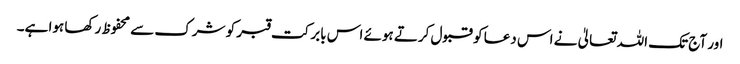
اور آج تک اللہ تعالیٰ نے اس دعا کو قبول کرتے ہوئے اس بابرکت قبر کو شرک سے محفوظ رکھا ہوا ہے۔